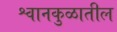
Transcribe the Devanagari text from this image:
श्वानकुळातील